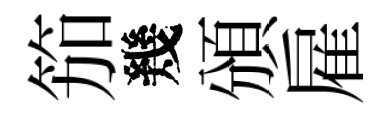
笳幾頒雇